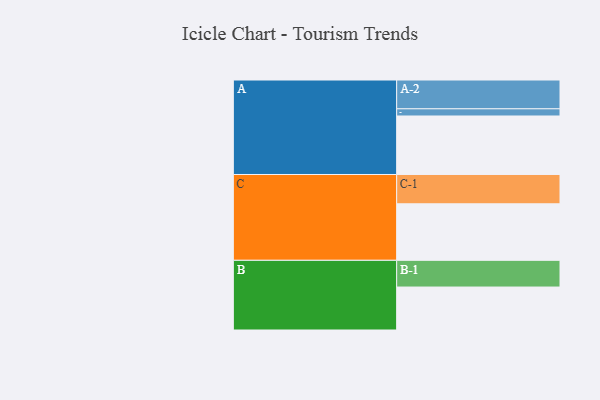
{"axis": {"x": "Segment", "y": "Value"}, "legend": ["", "A", "B", "C"], "data": [{"x": "A", "y": 587, "type": ""}, {"x": "B", "y": 431, "type": ""}, {"x": "C", "y": 567, "type": ""}, {"x": "A-1", "y": 72, "type": "A"}, {"x": "A-2", "y": 289, "type": "A"}, {"x": "B-1", "y": 268, "type": "B"}, {"x": "C-1", "y": 294, "type": "C"}]}